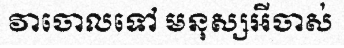
វាចោលទៅ មនុស្សអីចាស់